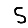
Digit: 5